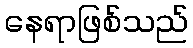
နေရာဖြစ်သည်